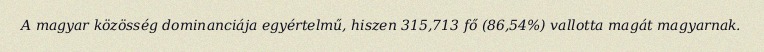
A magyar közösség dominanciája egyértelmű, hiszen 315,713 fő (86,54%) vallotta magát magyarnak.